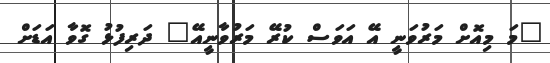
"މަ މިއޮށް މަރުވަނީ އޭ އަވަސް ކުރޭ މަރުވާނީއޭ" ދަރިފުޅު ގޮވާ އަޑަށް